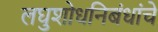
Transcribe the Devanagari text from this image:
लघुशोधनिबंधांचे